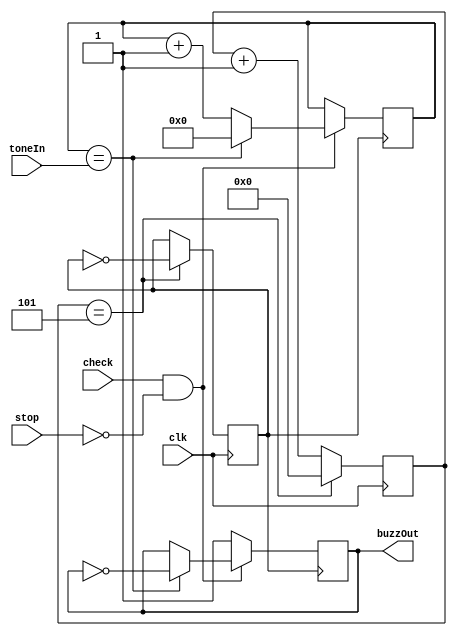
module toneOut(clk,check,stop,toneIn,buzzOut);
input clk;
input[14:0] toneIn;
output reg buzzOut;
input check;
input stop;

reg clk1;
reg [4:0]clkCount;
reg [14:0] i=0;

always @ (posedge clk)
begin
 	clkCount<=clkCount+1;
 	if(clkCount==5)
 	begin
  		clkCount<=0;
  		clk1<=~clk1;
 	end
end
always @ (posedge clk1)
begin
	if(check == 1  && stop == 0)
	begin
		if(i==toneIn)
	 	begin
	  		i<=0;
	  		buzzOut<=!buzzOut;
	 	end
	 	else
	 	 	i<=i+1;
	end
	else
		buzzOut <= 1;	
end
endmodule